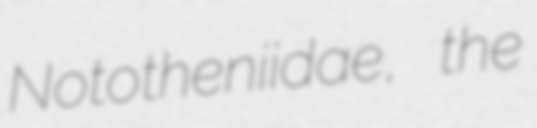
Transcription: Nototheniidae, the